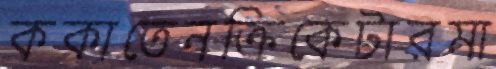
ককাতেনক্রিকেটারমা